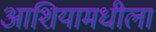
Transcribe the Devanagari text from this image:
आशियामधीला